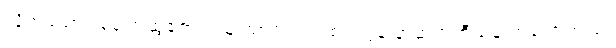
လို့အမဲသား ခေါက်ဆွဲရောင်းသူ သာဝတ် ကစ်ဂ်ျကွန် နာဆက်တီယန် ကပြောတယ်။